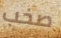
صخب